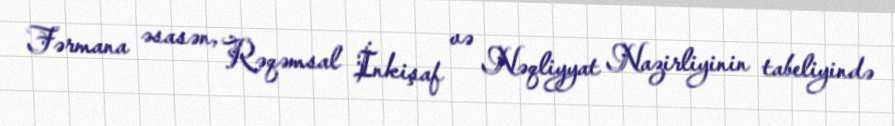
Fərmana əsasən, Rəqəmsal İnkişaf və Nəqliyyat Nazirliyinin tabeliyində